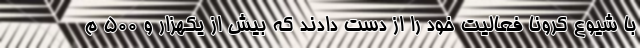
با شیوع کرونا فعالیت خود را از دست دادند که بیش از یکهزار و ۵۰۰ م